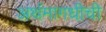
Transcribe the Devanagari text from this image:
अर्थमागधीची